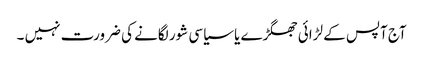
آج آپس کے لڑائی جھگڑے یا سیاسی شور لگانے کی ضرورت نہیں ۔